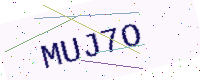
Text: MUJ7O